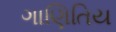
ગાણિતિય